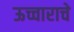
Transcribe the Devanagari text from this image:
ऊच्चाराचे